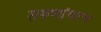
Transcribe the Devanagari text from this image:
तरुणांवरच